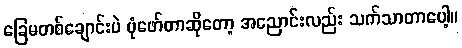
ခြေမတစ်ချောင်းပဲ ပုံဖော်တာဆိုတော့ အညောင်းလည်း သက်သာတာပေါ့။